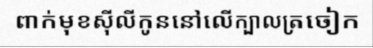
ពាក់មុខស៊ីលីកូននៅលើក្បាលត្រចៀក